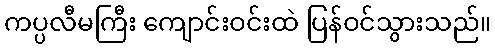
ကပ္ပလီမကြီး ကျောင်းဝင်းထဲ ပြန်ဝင်သွားသည်။